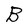
Character: B